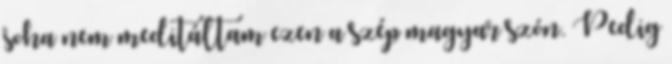
soha nem meditáltam ezen a szép magyar szón. Pedig